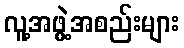
လူ့အဖွဲ့အစည်းများ